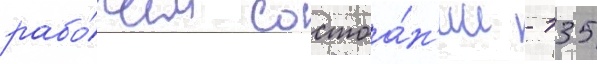
рабо́чем состоа́н'ии - 135